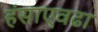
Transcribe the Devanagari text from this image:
हंसाएवढा